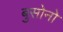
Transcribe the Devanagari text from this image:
बुसोनो